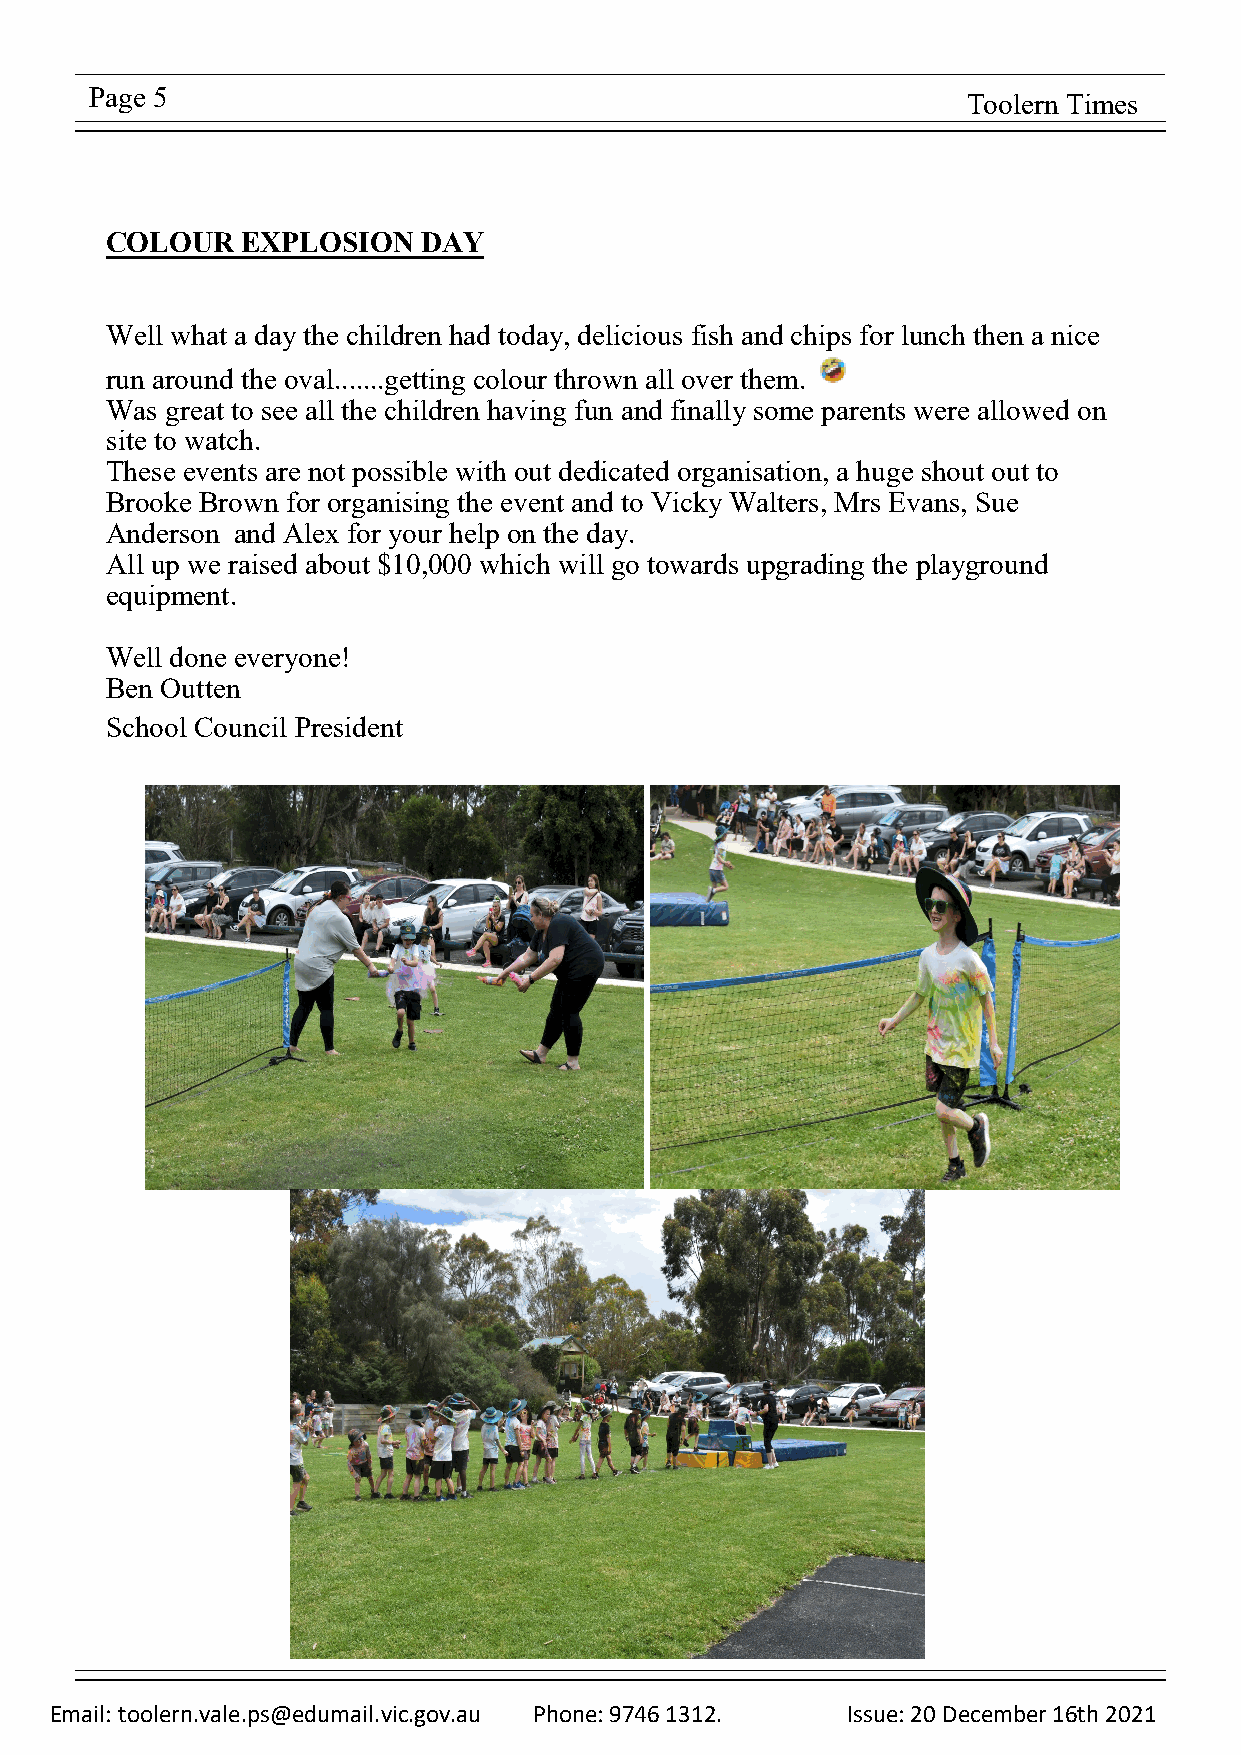
Page 5                                                    Toolern Times
 COLOUR   EXPLOSION   DAY
 Well what a day the children had today, delicious fish and chips for lunch then a nice
 run around the oval.......getting colour thrown all over them.
 Was great to see all the children having fun and finally some parents were allowed on
 site to watch.
 These events are not possible with out dedicated organisation, a huge shout out to
 Brooke Brown for organising the event and to Vicky Walters, Mrs Evans, Sue
 Anderson and Alex for your help on the day.
 All up we raised about $10,000 which will go towards upgrading the playground
 equipment.
 Well done everyone!
 Ben Outten
 School Council President
 Email: toolern.vale.ps@edumail.vic.gov.au Phone: 9746 1312. Issue: 20 December 16th 2021